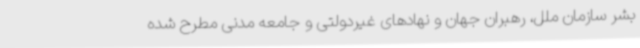
بشر سازمان ملل، رهبران جهان و نهادهای غیردولتی و جامعه مدنی مطرح شده